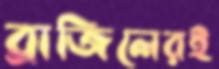
ব্রাজিলেরই